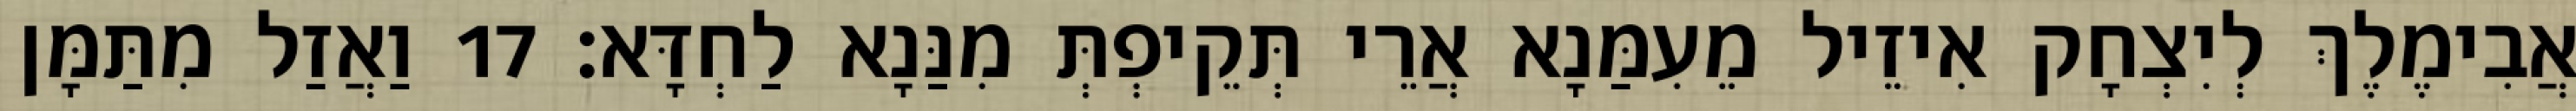
אֲבִימֶלֶךְ לְיִצְחָק אִיזֵיל מֵעִמַּנָא אֲרֵי תְּקֵיפְתְּ מִנַּנָא לַחְדָּא׃ 17 וַאֲזַל מִתַּמָּן